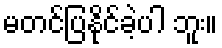
မတင်ပြနိုင်ခဲ့ပါ ဘူး။